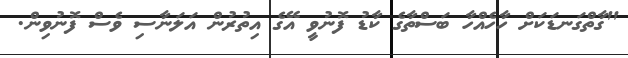
"ގާތްގަނޑަކަށް ހާހެއްހާ ބަސްތާގެ ކާޑު ފޮނުވީ އޭގެ އިތުރުން އަލަނާސި ވެސް ފޮނުވިން.